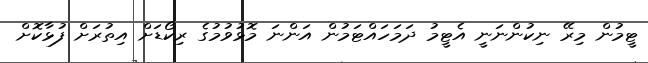
ޓީމުން މިރޭ ނިކުންނަނީ އެޓީމު ދަމަހައްޓަމުން އަންނަ މޮޅުވުމުގެ ރިކޯޑަށް އިތުރަށް ފުޅާކޮށް